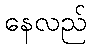
နေလည်